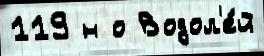
119 н о Водол'е́й